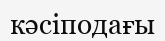
кәсіподағы